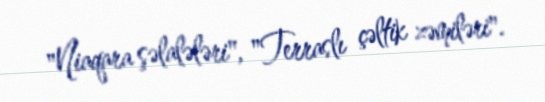
"Niaqara şəlalələri", "Terraslı çəltik zəmiləri".